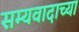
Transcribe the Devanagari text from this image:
सम्यवादाच्या